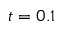
t = 0 . 1